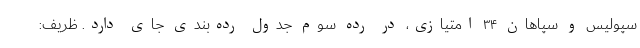
سپولیس و سپاهان ۳۴ امتیازی، در رده سوم جدول رده‌بندی جای دارد. ظریف: